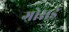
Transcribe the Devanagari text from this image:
गोसई